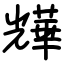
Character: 㒯